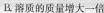
B溶质的质量增大一倍